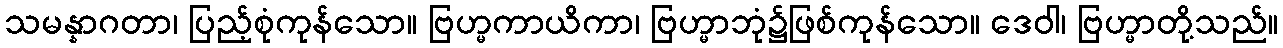
သမန္နာဂတာ၊ ပြည့်စုံကုန်သော။ ဗြဟ္မကာယိကာ၊ ဗြဟ္မာဘုံ၌ဖြစ်ကုန်သော။ ဒေဝါ၊ ဗြဟ္မာတို့သည်။